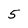
Character: 5